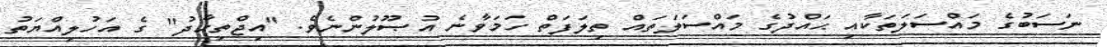
ނަސަބުގެ މައްސަލަތަކާއި ޙައްދުގެ މައްސަލަތައް ތިލަފަތް ހަމަވާނެ އުޞޫލުންނެވެ. "އިޖްތިހާދު" ގެ އަހުލިއްޔަތު